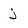
Character: j